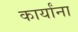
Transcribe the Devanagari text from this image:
कार्यांना